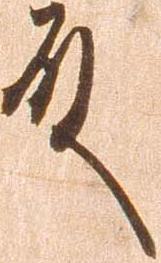
殿